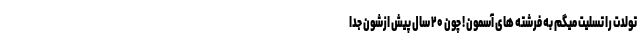
تولدت را تسلیت میگم به فرشته های آسمون ! چون ۲۰ سال پیش ازشون جدا